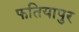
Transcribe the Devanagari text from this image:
फतियापुर